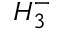
H _ { 3 } ^ { - }